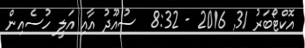
އޮކްޓޯބަރު 31